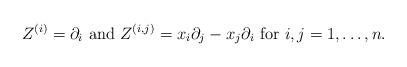
LaTeX: \begin{align*} Z^{(i)} =\partial_i \mbox{ and } Z^{(i,j)}= x_i \partial_j - x_j \partial_i \mbox{ for }i, j=1,\dots, n.\end{align*}